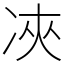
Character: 𠗉